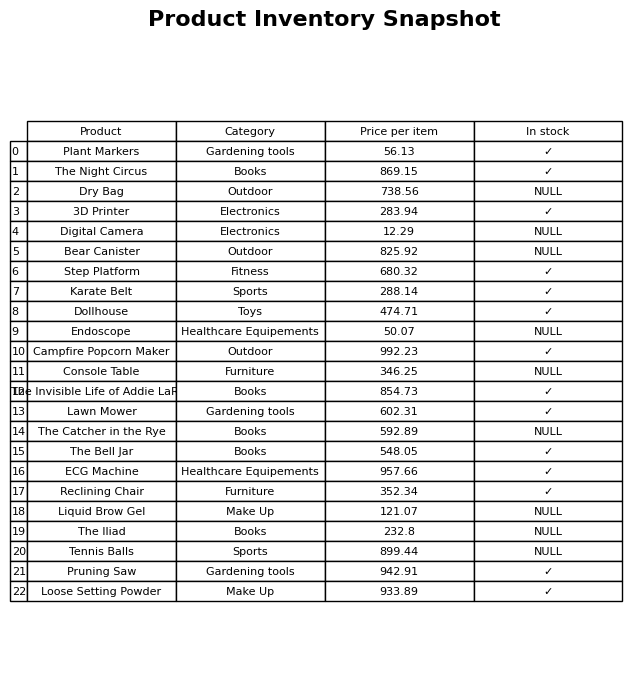
question: Which products are currently out of stock?
answer: Dry Bag, Digital Camera, Bear Canister, Endoscope, Console Table, The Catcher in the Rye, Liquid Brow Gel, The Iliad, Tennis Balls